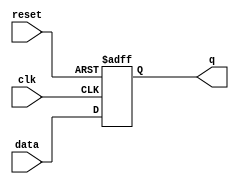
module flip_flop (
    input wire data,
    input wire clk,
    input wire reset,
    output reg q
);

always @(posedge clk or posedge reset)
begin
    if (reset)
        q <= 1'b0; // Reset the flip-flop state
    else
        q <= data; // Capture the data input on rising clock edge
end

endmodule